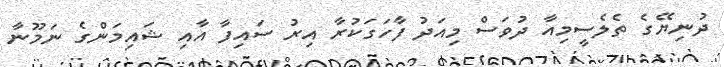
ދުނިޔޭގެ ތެލެސީމިއާ ދުވަސް މިއަދު ފާހަގަކުރާ އިރު ސައިފާ އާއި ޝައިމަންގެ ނަމޫނާ